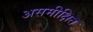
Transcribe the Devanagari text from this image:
असमीक्षित